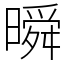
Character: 𣊬